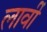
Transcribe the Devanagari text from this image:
लार्वी